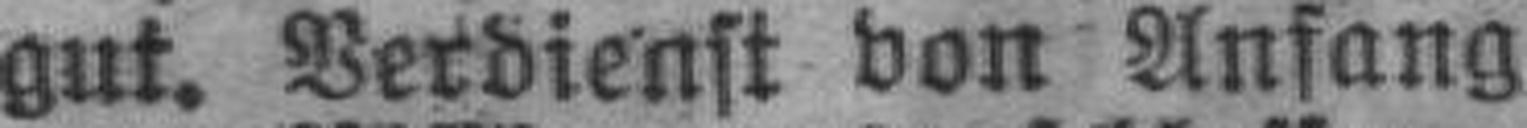
gut. Verdienst von Anfang